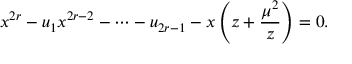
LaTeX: x ^ { 2 r } - u _ { 1 } x ^ { 2 r - 2 } - \cdots - u _ { 2 r - 1 } - x \left( z + { \frac { \mu ^ { 2 } } { z } } \right) = 0 .